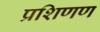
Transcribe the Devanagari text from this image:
प्रशिणण